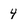
Character: 4